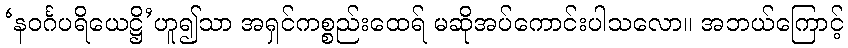
‘နဝင်္ဂပရိယေဋ္ဌိ’ဟူ၍သာ အရှင်ကစ္စည်းထေရ် မဆိုအပ်ကောင်းပါသလော။ အဘယ်ကြောင့်